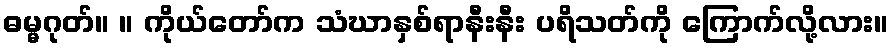
ဓမ္မဂုတ်။ ။ ကိုယ်တော်က သံဃာနှစ်ရာနီးနီး ပရိသတ်ကို ကြောက်လို့လား။